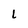
Character: l